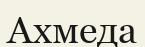
Ахмеда